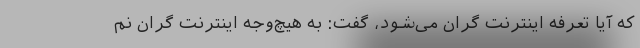
که آیا تعرفه اینترنت گران می‌شود، گفت: به هیچ‌وجه اینترنت گران نم